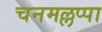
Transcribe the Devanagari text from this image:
चनमल्लप्पा